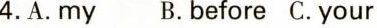
4.A.my B.before C.your